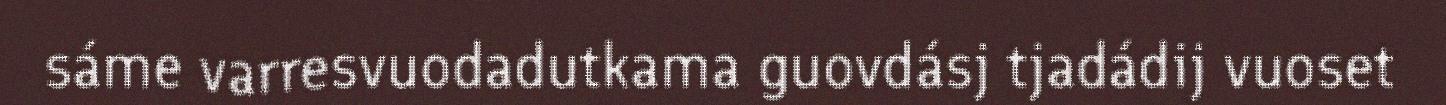
sáme varresvuodadutkama guovdásj tjadádij vuoset